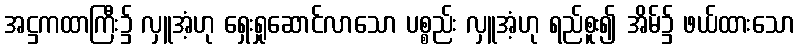
အဋ္ဌကထာကြီး၌ လှူအံ့ဟု ရှေးရှုဆောင်လာသော ပစ္စည်း လှူအံ့ဟု ရည်စူး၍ အိမ်၌ ဖယ်ထားသော